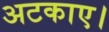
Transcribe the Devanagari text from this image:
अटकाए।